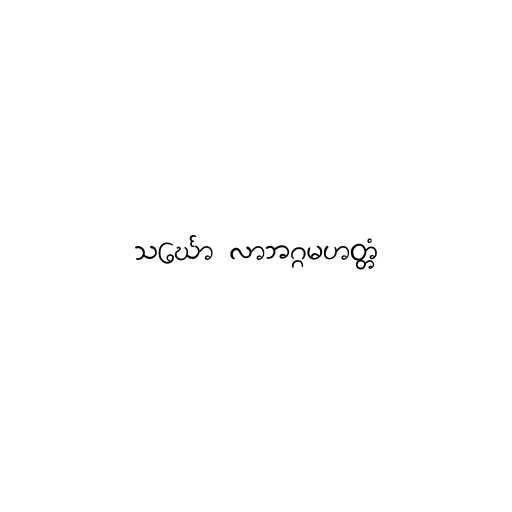
သင်္ဃော လာဘဂ္ဂမဟတ္တံ